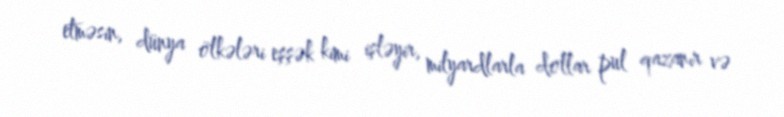
etməsin, dünya ölkələri eşşək kimi işləyir, milyardlarla dollar pul qazanır və